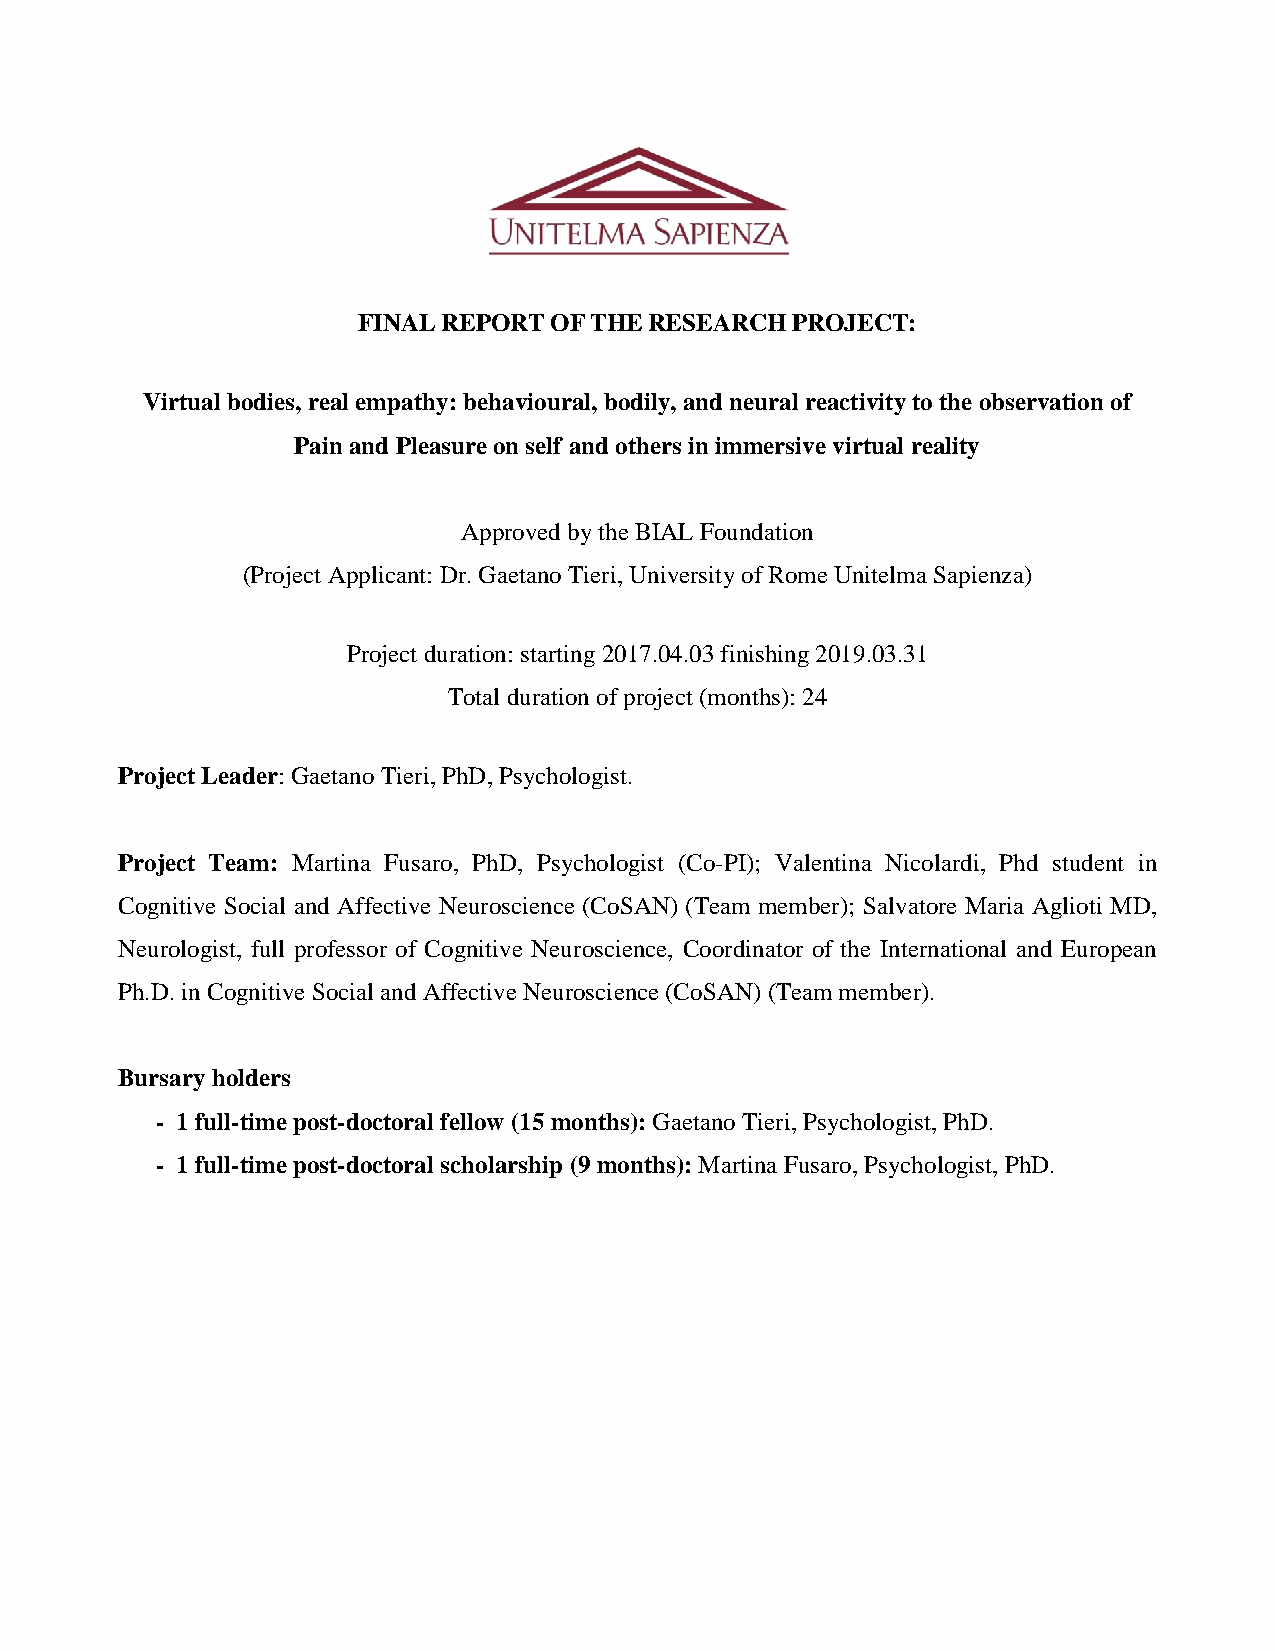
FINAL REPORT OF THE RESEARCH PROJECT:
 Virtual bodies, real empathy: behavioural, bodily, and neural reactivity to the observation of
 Pain and Pleasure on self and others in immersive virtual reality
 Approved by the BIAL Foundation
 (Project Applicant: Dr. Gaetano Tieri, University of Rome Unitelma Sapienza)
 Project duration: starting 2017.04.03 finishing 2019.03.31
 Total duration of project (months): 24
 Project Leader: Gaetano Tieri, PhD, Psychologist.
 Project Team: Martina Fusaro, PhD, Psychologist (Co-PI); Valentina Nicolardi, Phd student in
 Cognitive Social and Affective Neuroscience (CoSAN) (Team member); Salvatore Maria Aglioti MD,
 Neurologist, full professor of Cognitive Neuroscience, Coordinator of the International and European
 Ph.D. in Cognitive Social and Affective Neuroscience (CoSAN) (Team member).
 Bursary holders
 - 1 full-time post-doctoral fellow (15 months): Gaetano Tieri, Psychologist, PhD.
 - 1 full-time post-doctoral scholarship (9 months): Martina Fusaro, Psychologist, PhD.